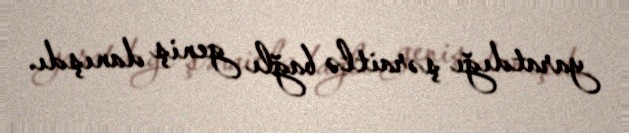
yaratdığı şəraitlə bağlı geniş danışdı.